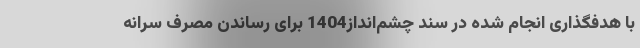
با هدفگذاری انجام شده در سند چشم‌انداز1404 برای رساندن مصرف سرانه